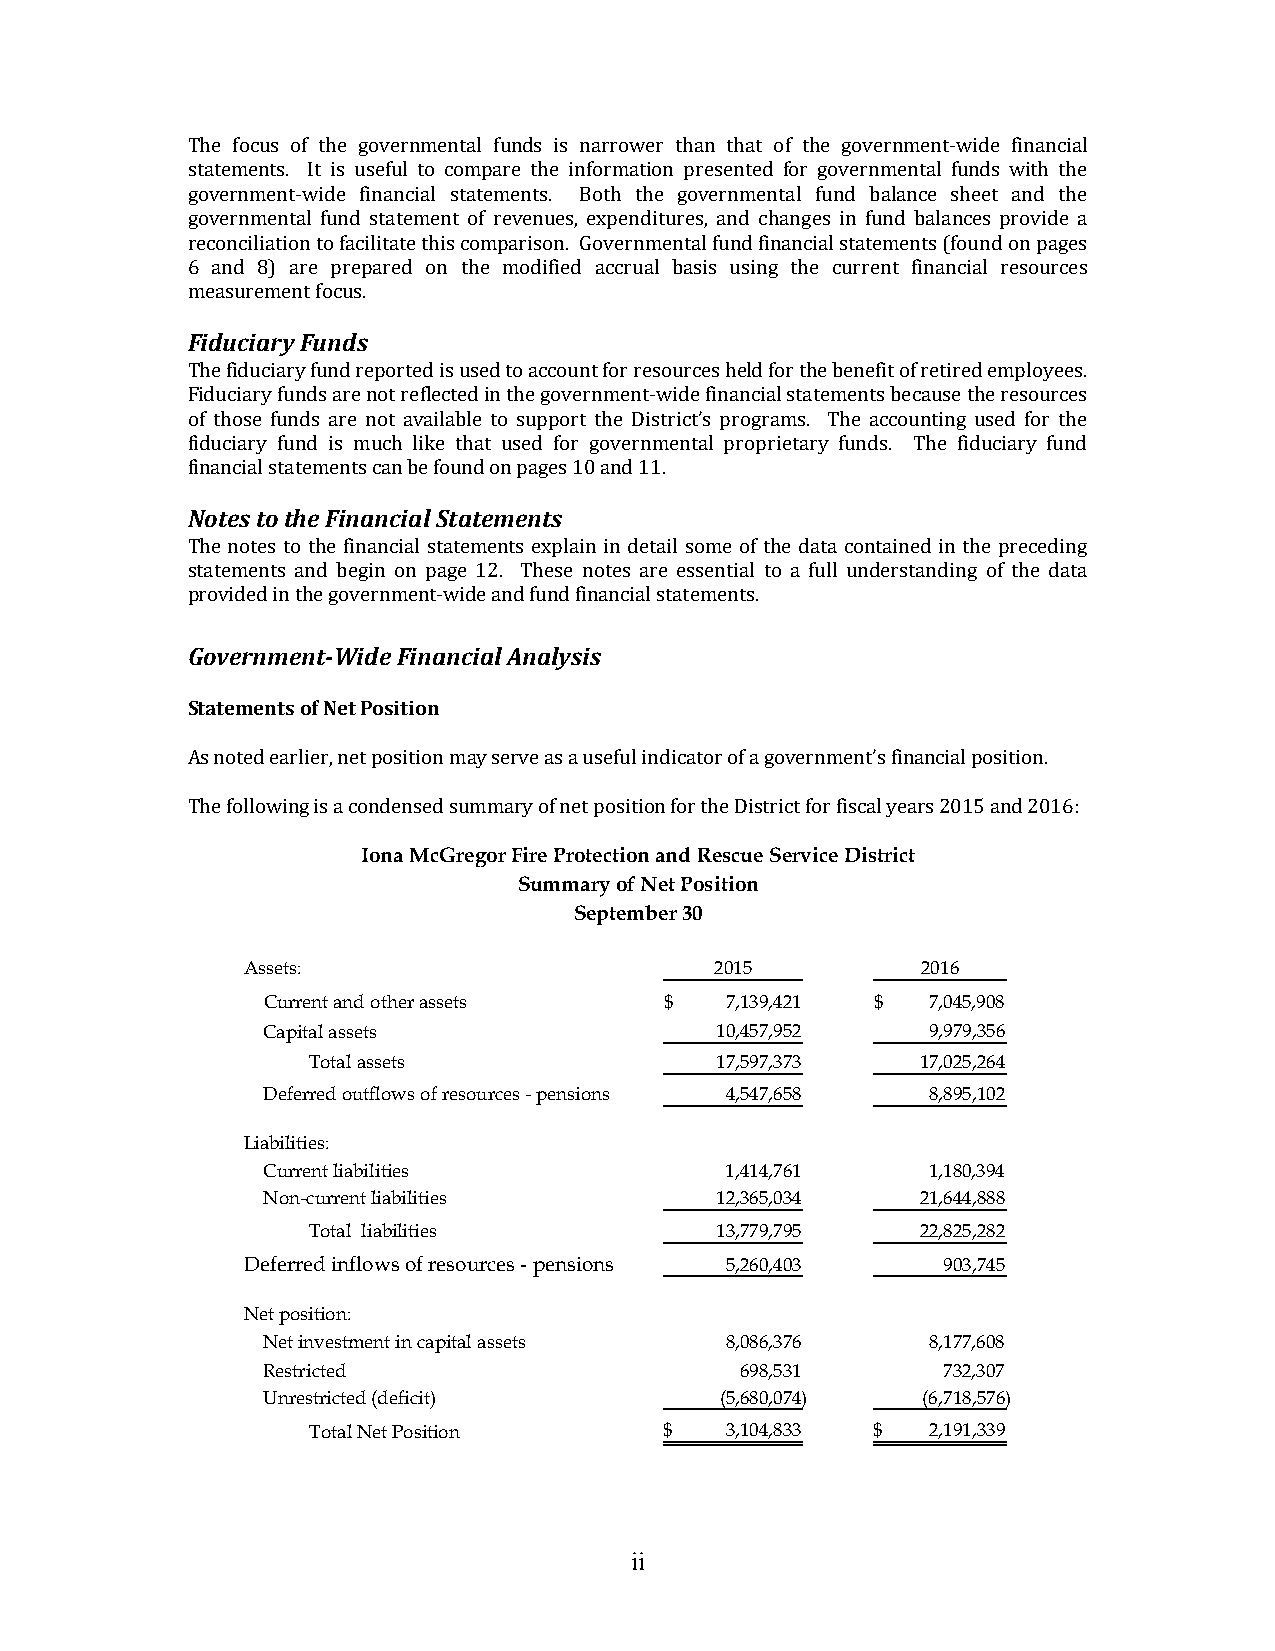
The focus of the governmental funds is narrower than that of the government‐wide financial
 statements. It is useful to compare the information presented for governmental funds with the
 government‐wide financial statements. Both the governmental fund balance sheet and the
 governmental fund statement of revenues, expenditures, and changes in fund balances provide a
 reconciliation to facilitate this comparison. Governmental fund financial statements (found on pages
 6 and 8) are prepared on the modified accrual basis using the current financial resources
 measurement focus.
 Fiduciary Funds
 The fiduciary fund reported is used to account for resources held for the benefit of retired employees.
 Fiduciary funds are not reflected in the government‐wide financial statements because the resources
 of those funds are not available to support the District’s programs. The accounting used for the
 fiduciary fund is much like that used for governmental proprietary funds. The fiduciary fund
 financial statements can be found on pages 10 and 11.
 Notes to the Financial Statements
 The notes to the financial statements explain in detail some of the data contained in the preceding
 statements and begin on page 12. These notes are essential to a full understanding of the data
 provided in the government‐wide and fund financial statements.
 Government‐Wide Financial Analysis
 Statements of Net Position
 As noted earlier, net position may serve as a useful indicator of a government’s financial position.
 The following is a condensed summary of net position for the District for fiscal years 2015 and 2016:
 Iona McGregor Fire Protection and Rescue Service District
 Summary of Net Position
 September 30
 Assets:                        2015          2016
 Current and other assets   $   7,139,421 $   7,045,908
 Capital assets                10,457,952     9,979,356
 Total assets               17,597,373    17,025,264
 Deferred outflows of resources - pensions 4,547,658 8,895,102
 Liabilities:
 Current liabilities            1,414,761     1,180,394
 Non-current liabilities       12,365,034    21,644,888
 Total liabilities          13,779,795    22,825,282
 Deferred inflows of resources - pensions 5,260,403 903,745
 Net position:
 Net investment in capital assets 8,086,376   8,177,608
 Restricted                      698,531      732,307
 Unrestricted (deficit)         (5,680,074)  (6,718,576)
 Total Net Position      $   3,104,833 $   2,191,339
 ii